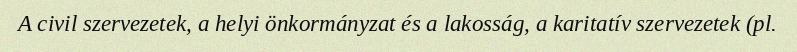
A civil szervezetek, a helyi önkormányzat és a lakosság, a karitatív szervezetek (pl.